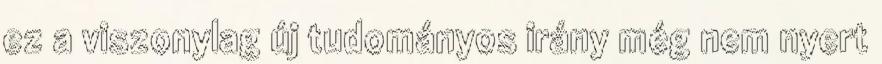
ez a viszonylag új tudományos irány még nem nyert